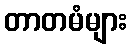
တာတမံများ